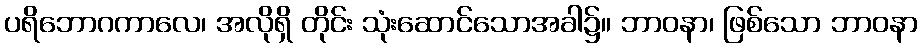
ပရိဘောဂကာလေ၊ အလိုရှိ တိုင်း သုံးဆောင်သောအခါ၌။ ဘာဝနာ၊ ဖြစ်သော ဘာဝနာ